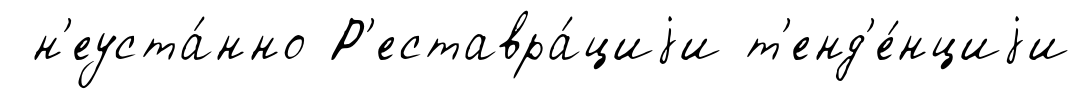
н'еуста́нно Р'еставра́циjи т'енд'е́нциjи